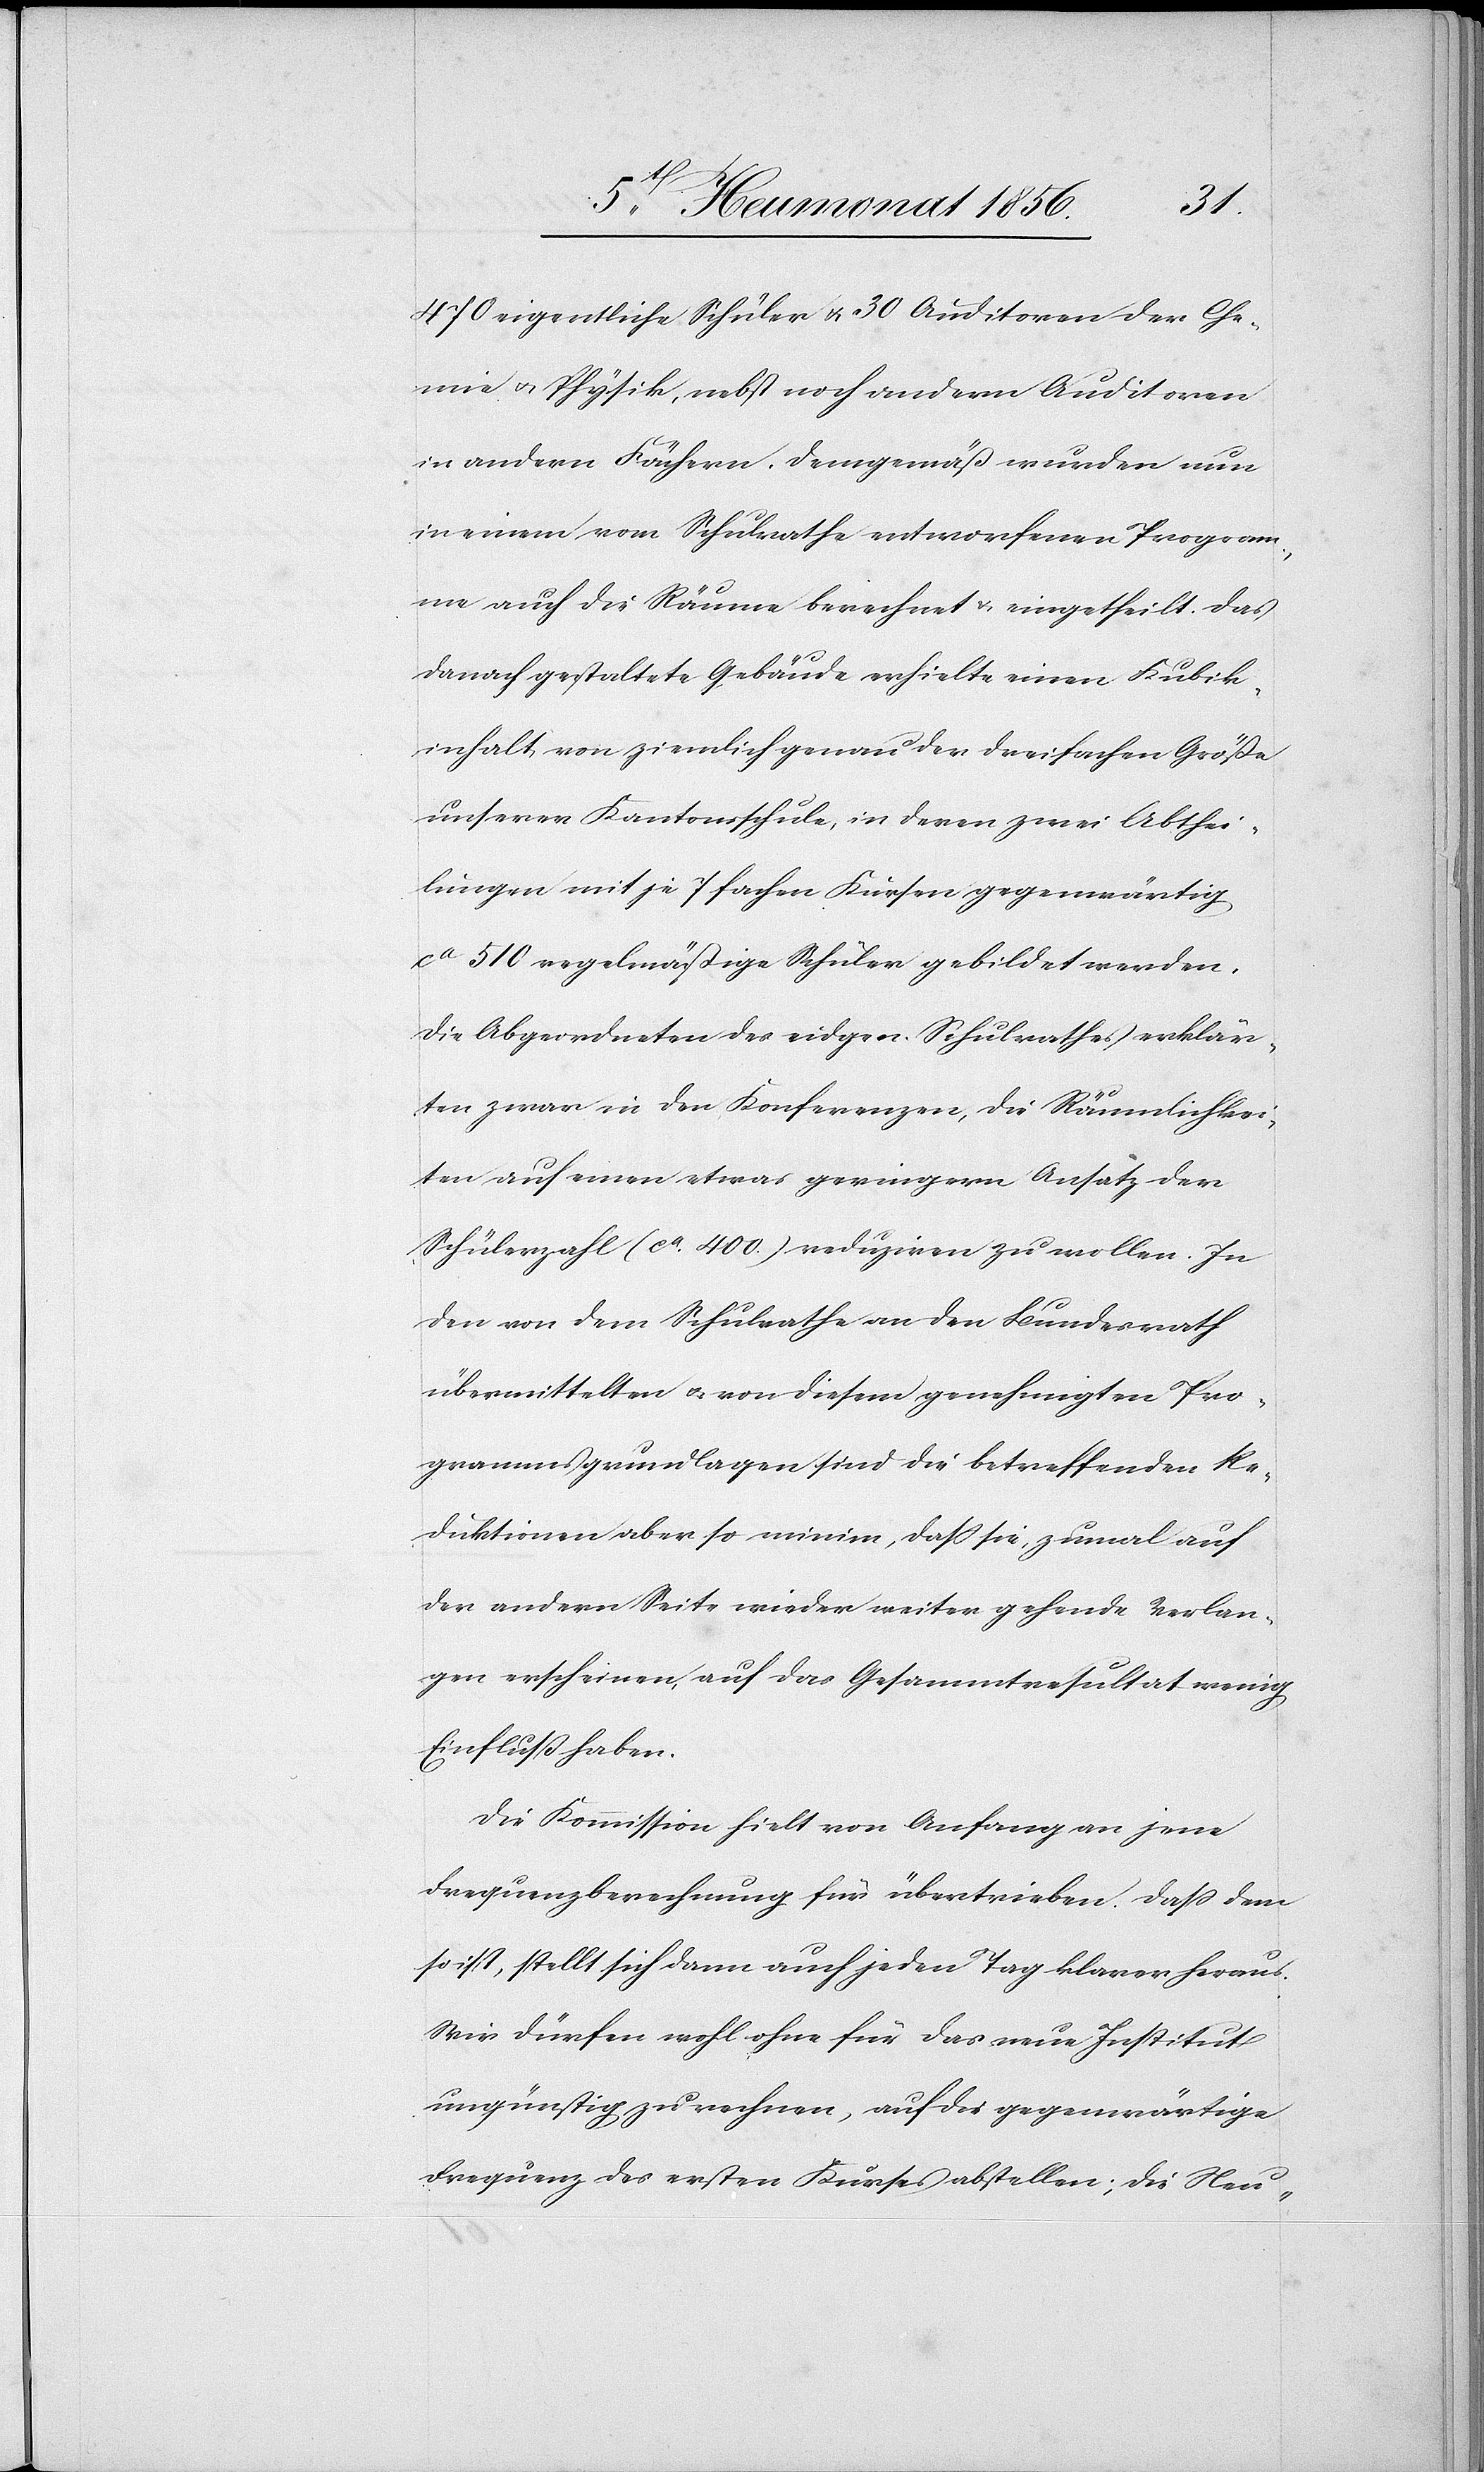
470 eigentliche Schüler u. 30 Auditoren der Che¬
mie u. Physik, nebst noch andern Auditoren
in andern Fächern. Demgemäß wurden nun
in einem vom Schulrathe entworfenen Program¬
me auch die Räume berechnet & eingetheilt. Das
danach gestaltete Gebäude erhielte einen Kubik¬
inhalt von ziemlich genau der dreifachen Größe
unserer Kantonsschule, in deren zwei Abthei¬
lungen mit je 7 fachen Kursen gegenwärtig
ca 510 regelmäßige Schüler gebildet werden.
Die Abgeordneten des eidgen. Schulrathes erklär¬
ten zwar in den Konferenzen, die Räumlichkei¬
ten auf einen etwas geringern Ansatz der
Schülerzahl (ca 400.) reduziren zu wollen. In
den von dem Schulrathe an den Bundesrath
übermittelten u. von diesem genehmigten Pro¬
grammsgrundlagen sind die betreffenden Re¬
duktionen aber so minim, dass sie, zumal auf
der andern Seite wieder weiter gehende Verlan¬
gen erscheinen, auf das Gesammtresultat wenig
Einfluß haben.
Die Kommission hielt von Anfang an jene
Frequenzberechnung für übertrieben. Dass dem
so ist, stellt sich dann auch jeden Tag klarer heraus.
Wir dürfen wohl ohne für das neue Institut
ungünstig zu rechnen, auf die gegenwärtige
Frequenz des ersten Kurses abstellen; die Neu-